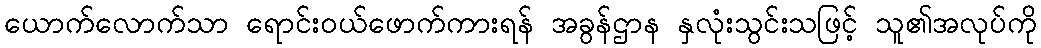
ယောက်လောက်သာ ရောင်းဝယ်ဖောက်ကားရန် အခွန်ဌာန နှလုံးသွင်းသဖြင့် သူ၏အလုပ်ကို